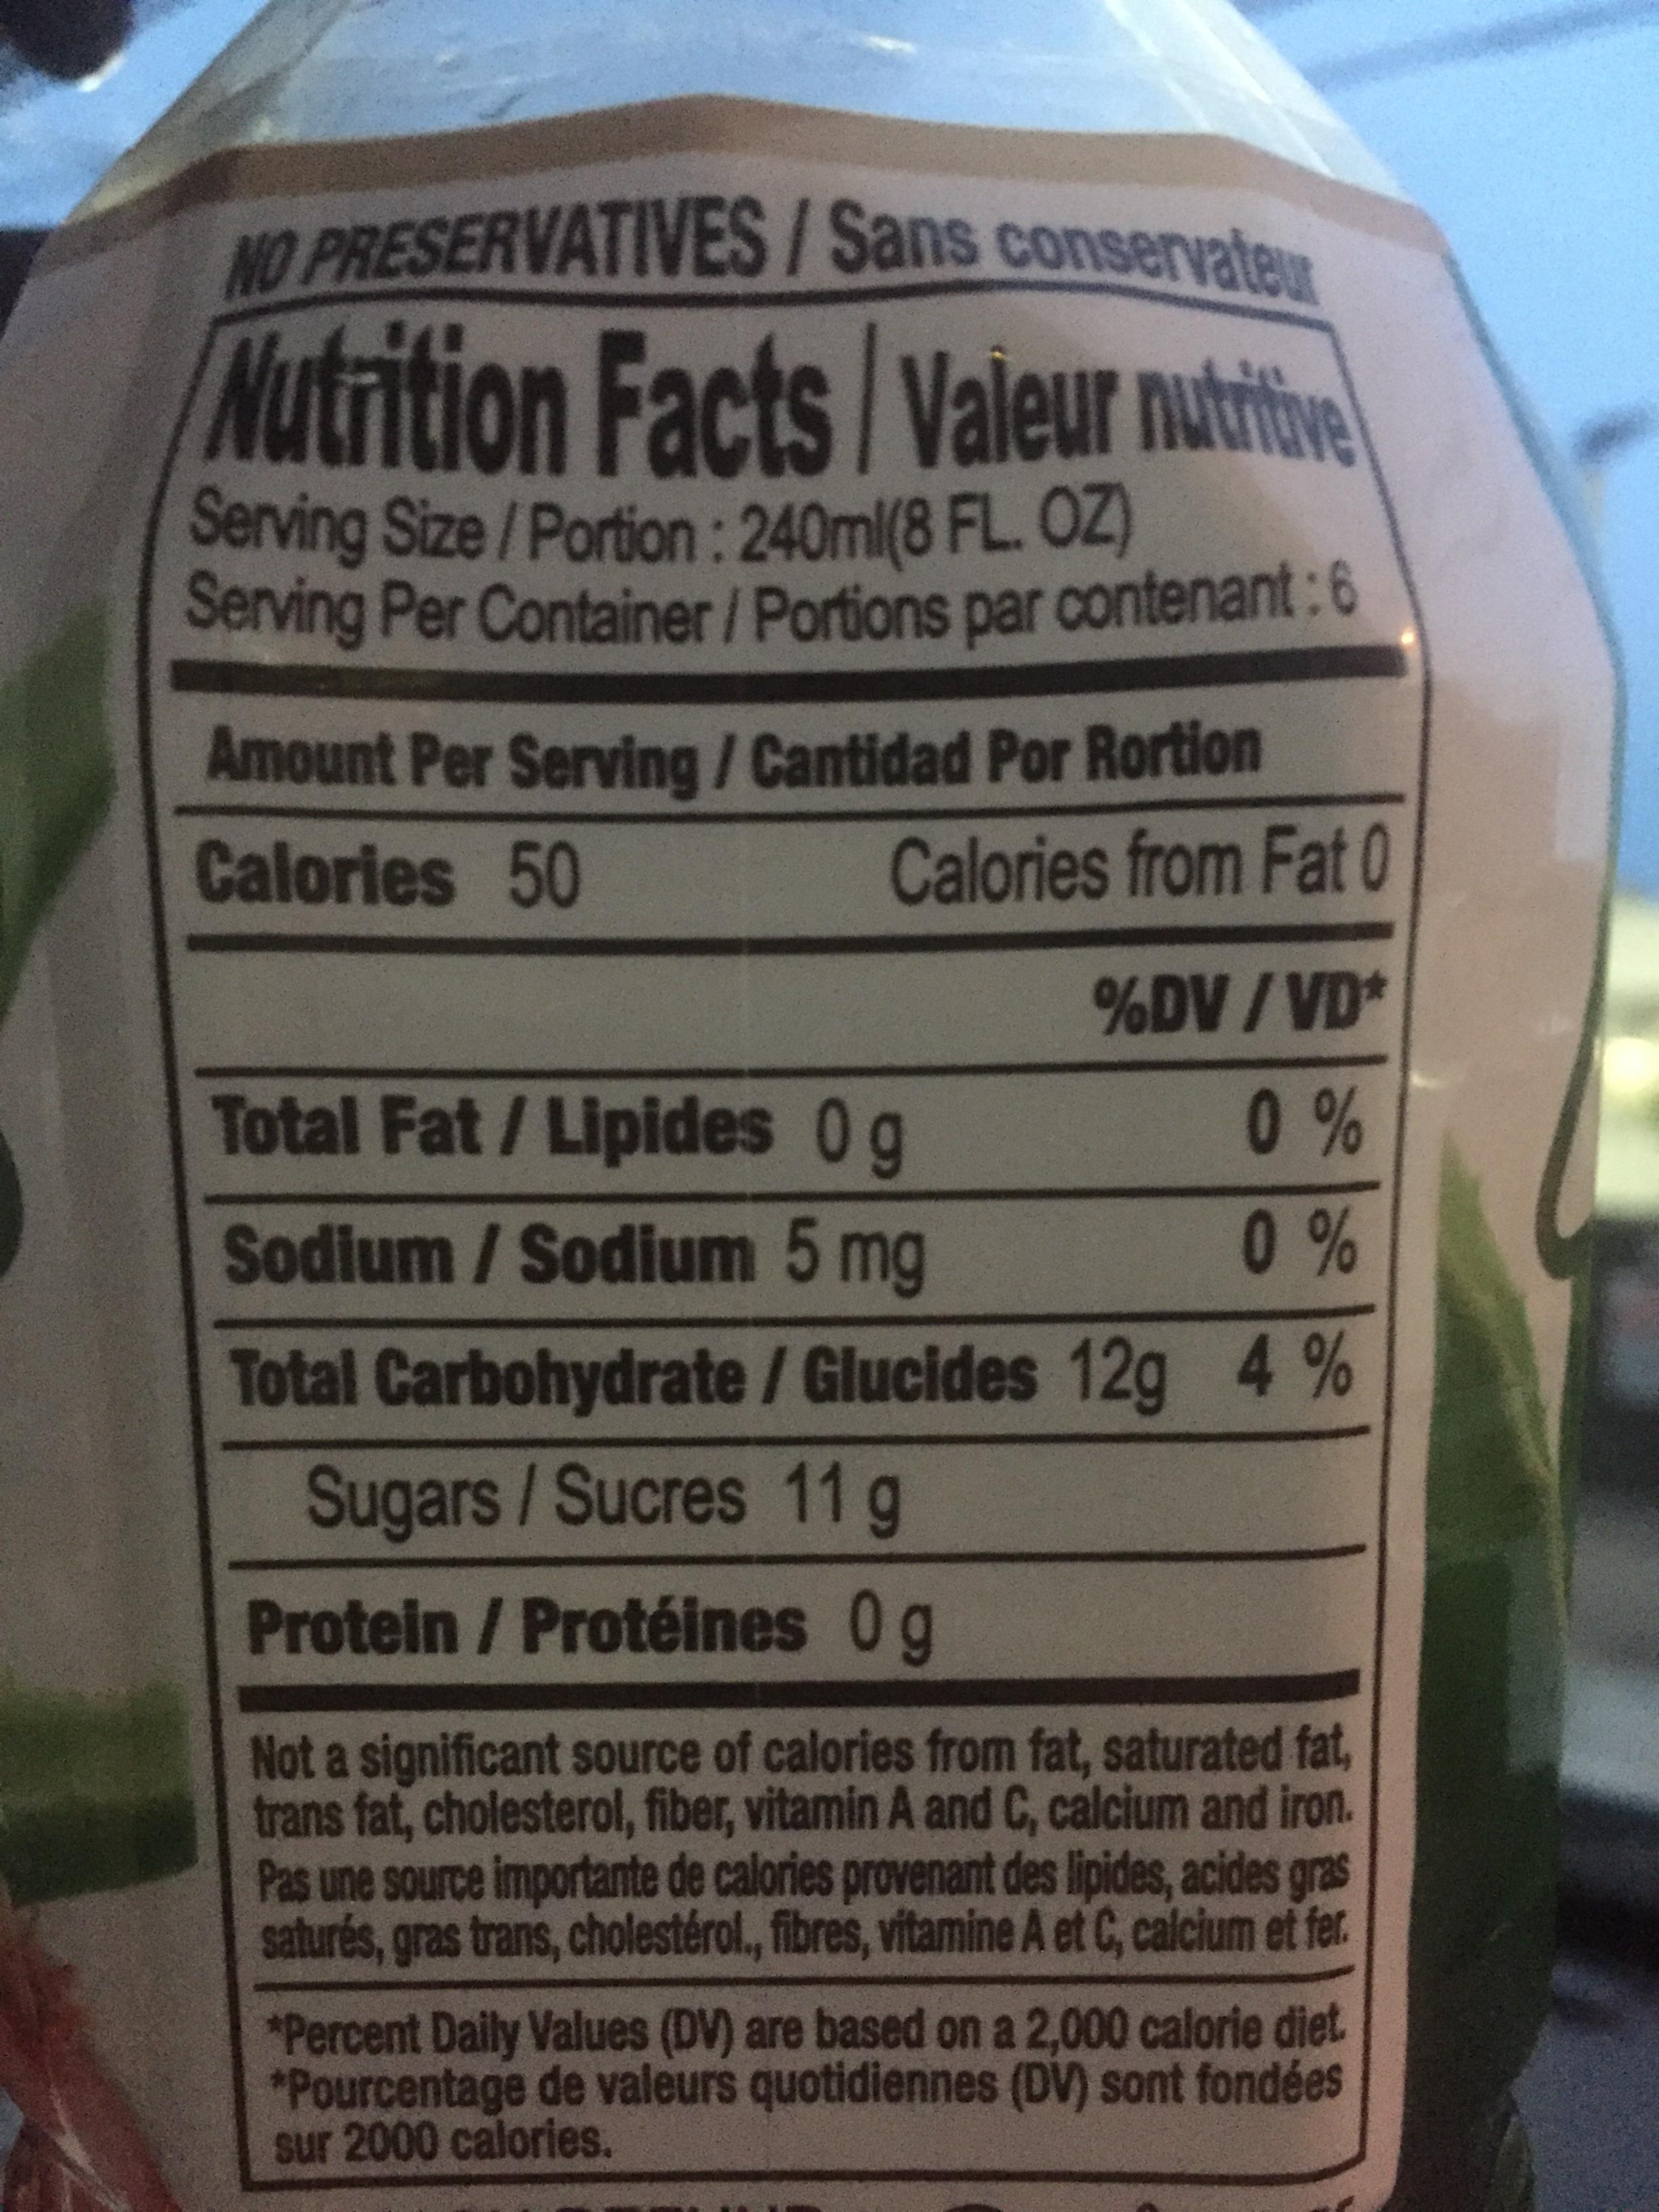
NO PRESERVATIVES/Sans conservatew Serving Size/Portion:240ml(8 FL. 0Z) Amount Per Serving/ Cantidad Por Rortion Nutrition Facts/Valeur nutie Serving Per Container/ Portions par contenant:6 Calories from Fat 3.0 Calories 50 %DV/VD* Total Fat /Lipides 0g Sodium / Sodium 5 mg 0 % 0% Total Carbohydrate/ Glucides 12g 4% Sugars/Sucres 11 g Protein / Protéines 0g Not a significant source of calories from fat, saturated fat, trans fat, cholesterol, fiber, vitamin A and C, calcium and iron. Pas une source importante de calories provenant des lipides, acides gras saturés, gras trans, cholestérol., fibres, vitamine A et C, calcium et fer *Percent Daily Values (DV) are based on a 2,000 calorie diet *Pourcentage de valeurs quotidiennes (DV) sont fondées sur 2000 calories.